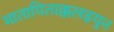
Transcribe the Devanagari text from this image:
मातापिताक्कलइयुन